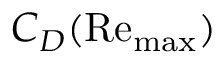
C _ { D } ( \mathrm { { R e _ { m a x } } ) }